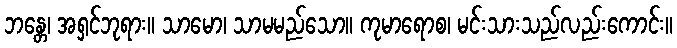
ဘန္တေ၊ အရှင်ဘုရား။ သာမော၊ သာမမည်သော။ ကုမာရောစ၊ မင်းသားသည်လည်းကောင်း။